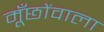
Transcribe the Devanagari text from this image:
मूँछोंवाला